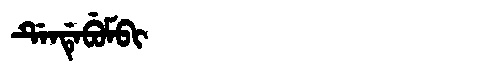
Manchu: ᡩᡝᠨᡩᡝᠪᡠᠮᠪᡳ
Romanization: DENDEBUMBI